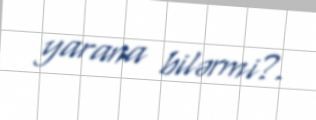
yarana bilərmi?.